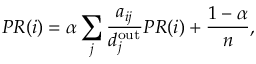
P R ( i ) = \alpha \sum _ { j } \frac { a _ { i j } } { d _ { j } ^ { \mathrm { o u t } } } P R ( i ) + \frac { 1 - \alpha } { n } ,